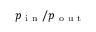
p _ { \mathrm { ~ i ~ n ~ } } / p _ { \mathrm { ~ o ~ u ~ t ~ } }